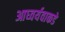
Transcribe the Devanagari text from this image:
आघ्वर्यवाकडे